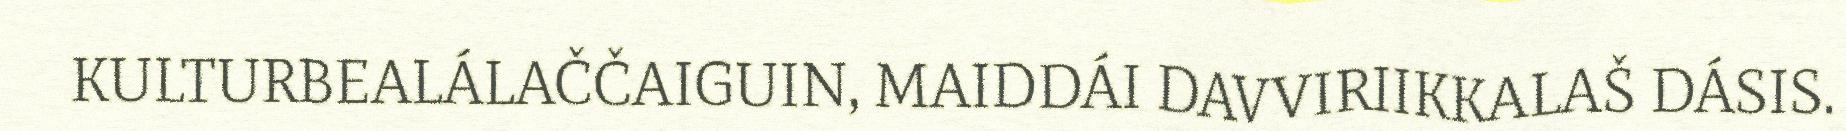
KULTURBEALÁLAČČAIGUIN, MAIDDÁI DAVVIRIIKKALAŠ DÁSIS.